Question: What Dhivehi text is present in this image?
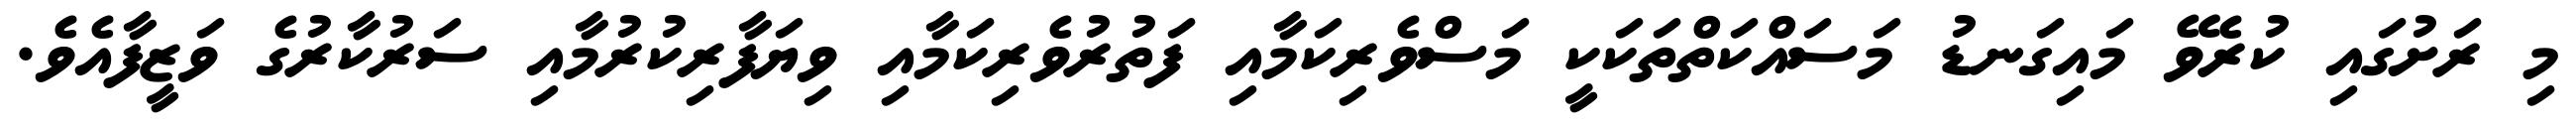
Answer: މި ރަށުގައި ކުރެވޭ މައިގަނޑު މަސައްކަތްތަކަކީ މަސްވެރިކަމާއި ފަތުރުވެރިކަމާއި ވިޔަފާރިކުރުމާއި ސަރުކާރުގެ ވަޒީފާއެވެ.